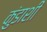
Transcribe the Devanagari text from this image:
कुंडाशी